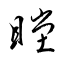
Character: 瞠